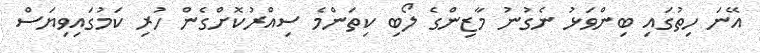
އޭނަ ހިތުގައި ބިންވަޅު ނެގުނު މާޒިންގެ ލޯބި ކިތަންމެ ސިއްރުކޮށްގެން ހުރި ކަމުގައިވިޔަސް